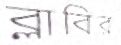
ব্লাবির